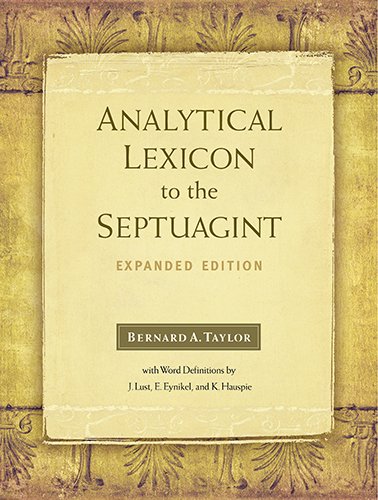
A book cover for Analytical Lexicon to the Septuagint: Expanded Edition; Bernard A. (Bernard Alwyn) Taylor; Christian Books & Bibles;